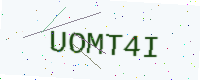
Text: UOMT4I